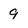
Character: 9